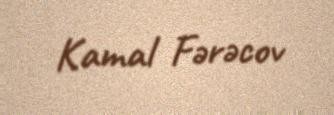
Kamal Fərəcov